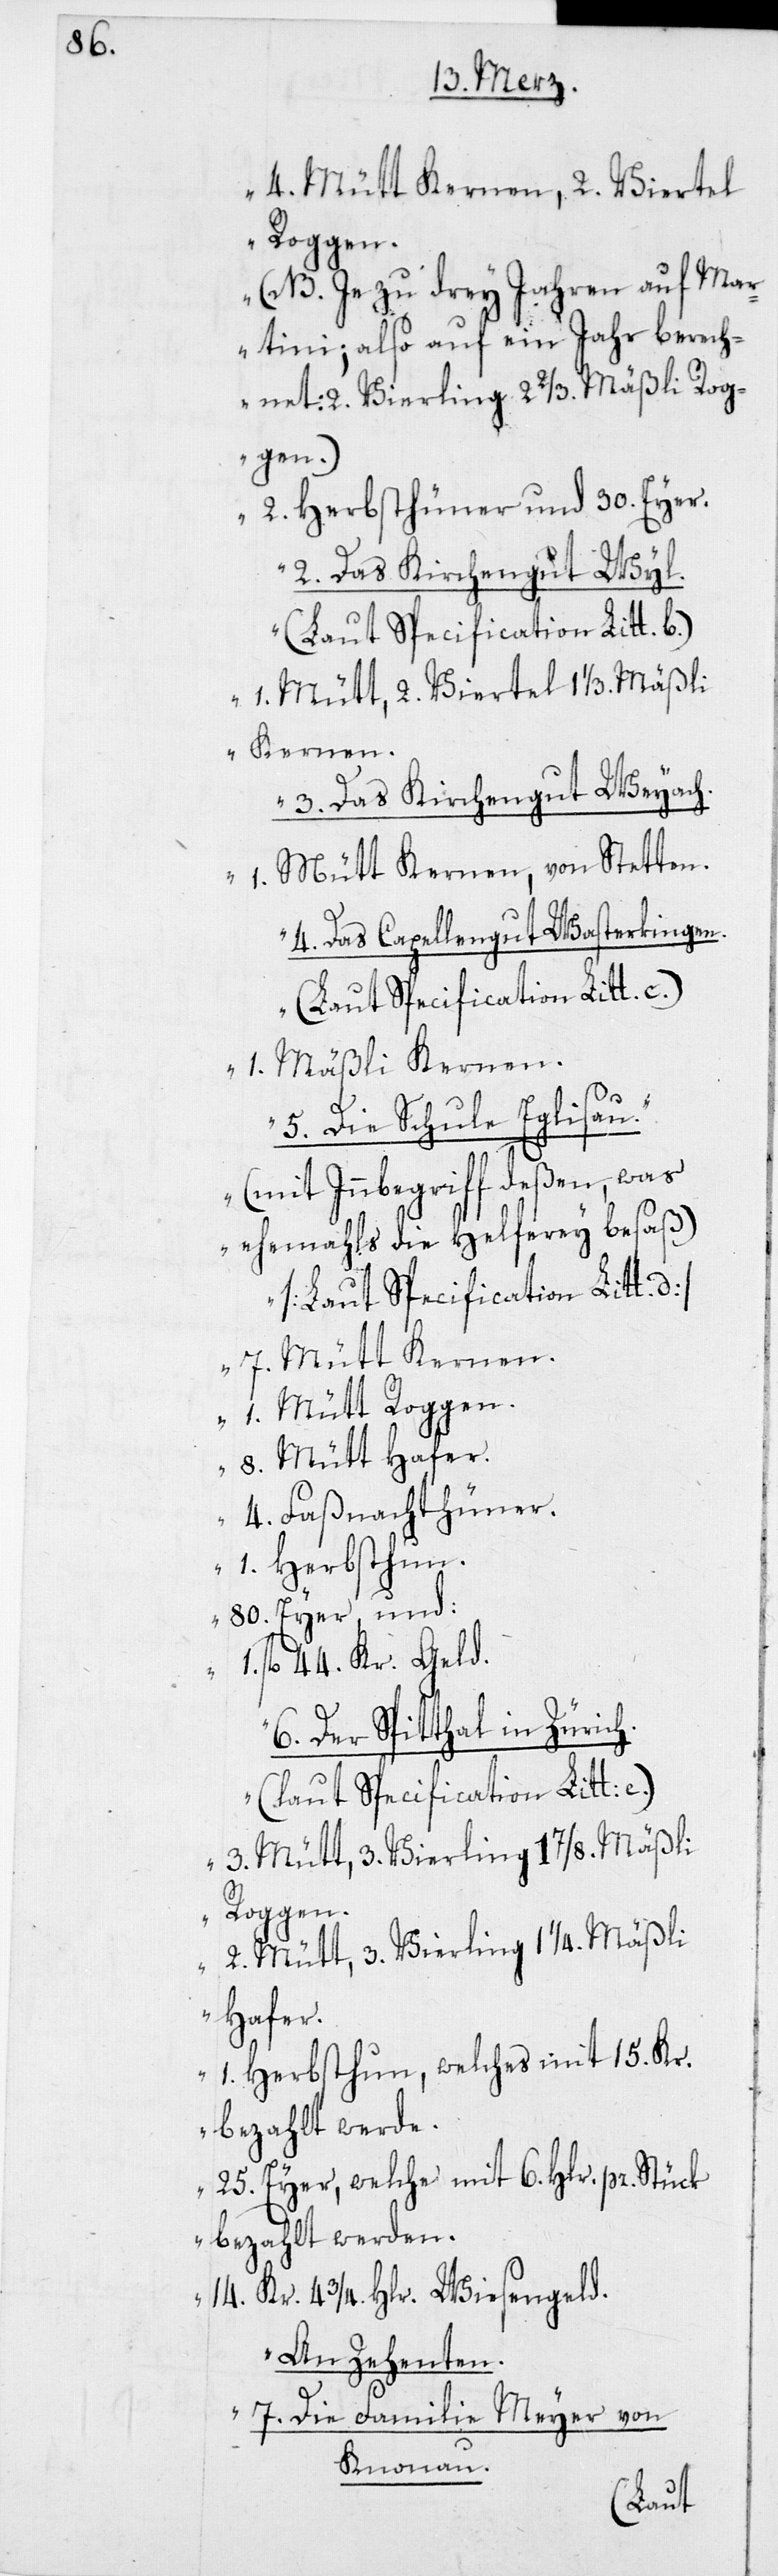
h.

4. Mütt Kernen, 2. Viertel
Roggen.
(NB. Je zu drey Jahren auf Ma¬
rtini; also auf ein Jahr berech¬
net: 2. Vierling 2 2/3. Mäßli Rog¬
gen.)
2. Herbsthühner und 30. Eyer.
2. Das Kirchengut Wyl.
1. Mütt, 2. Viertel 1 1/3. Mäßli
Kernen.
3. Das Kirchengut Weyach.
1. Mütt Kernen, von Stetten.
4. Das Capellengut Wasterkingen.
(laut Specification Litt. e.)
1. Mäßli Kernen.
5. Die Schule Eglisau.
(mit Innbegriff deßen, was
ehemahls die Helferey besaß)
7. Mütt Kernen.
1. Mütt Roggen.
8. Mütt Hafer.
4. Faßnachthühner.
1. Herbsthun.
80. Eyer, und:
fl. 44. Kr. Geld.
6. Der Spitthal in Züric¬
3. Mütt, 3. Vierling, 1 7/8. Mäßli
2. Mütt, 3. Vierling 1 ¼. Mäßli
Hafer-
1. Herbsthun, welches mit 15. Kr.
bezahlt werde.
25. Eyer, welche mit 6. Hlr. pr. Stük
bezahlt werden.
14. Kr. 4 ¾. Hlr. Wiesengeld.
An Zehenten.
7. Die Familie Meyer von
Knonau